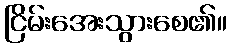
ငြိမ်းအေးသွားစေ၏။